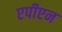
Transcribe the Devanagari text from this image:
एपीएन